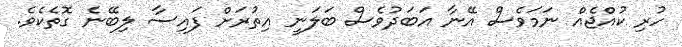
ހުރި ކުއްޖެއް ނަމަވެސް އޭނާ އަބަދުވެސް ބަލަނީ އިތުރަށް ފައިސާ ލިބޭނެ ގޮތެކެވެ.